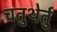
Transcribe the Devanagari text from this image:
चतुथेर्तु